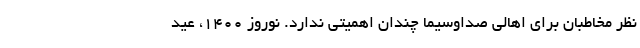
نظر مخاطبان برای اهالی صداوسیما چندان اهمیتی ندارد. نوروز 1400، عید